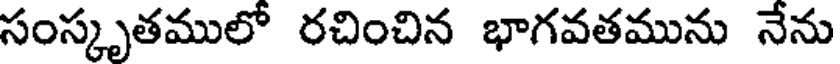
సంస్కృతములో రచించిన భాగవతమును నేను